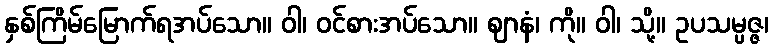
နှစ်ကြိမ်မြောက်ရအပ်သော။ ဝါ၊ ဝင်စားအပ်သော။ ဈာနံ၊ ကို။ ဝါ၊ သို့။ ဥပသမ္ပဇ္ဇ၊